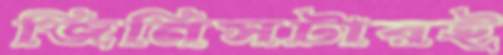
জিনিসটারই